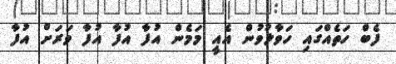
ފެބް ހަތެއްގައި ހަވާލުވުން އެއީ މަމެން އުފާ އުފާ އުފާ ވަރަށް އުފާ